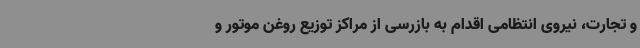
و تجارت، نیروی انتظامی اقدام به بازرسی از مراکز توزیع روغن موتور و